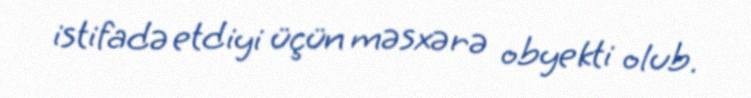
istifadə etdiyi üçün məsxərə obyekti olub.